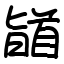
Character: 䭫